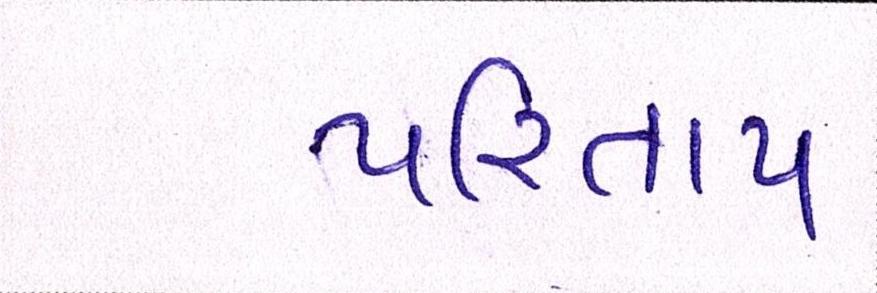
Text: પરિતાપ